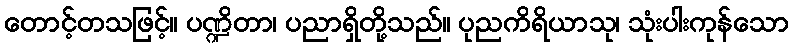
တောင့်တသဖြင့်။ ပဏ္ဍိတာ၊ ပညာရှိတို့သည်။ ပုညကိရိယာသု၊ သုံးပါးကုန်သော